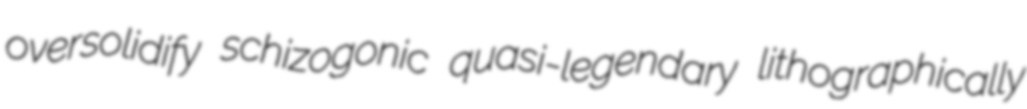
oversolidify schizogonic quasi-legendary lithographically